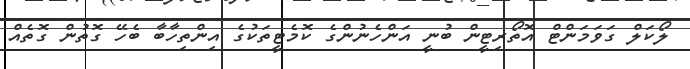
ލޯކަލް ގަވަމަންޓް އޮތޯރިޓީން ބުނީ އަންހެނުންގެ ކޮމެޓީތަކުގެ އިންތިހާބާ ބެހޭ ގޮތުން ގޮތެއް